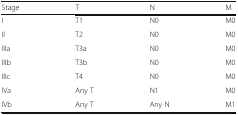
<table><thead><tr><td><b>Stage</b></td><td><b>T</b></td><td><b>N</b></td><td><b>M</b></td></tr></thead><tbody><tr><td>I</td><td>T1</td><td>N0</td><td>M0</td></tr><tr><td>II</td><td>T2</td><td>N0</td><td>M0</td></tr><tr><td>IIIa</td><td>T3a</td><td>N0</td><td>M0</td></tr><tr><td>IIIb</td><td>T3b</td><td>N0</td><td>M0</td></tr><tr><td>IIIc</td><td>T4</td><td>N0</td><td>M0</td></tr><tr><td>IVa</td><td>Any T</td><td>N1</td><td>M0</td></tr><tr><td>IVb</td><td>Any T</td><td>Any N</td><td>M1</td></tr></tbody></table>